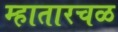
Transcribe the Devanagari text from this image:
म्हातारचळ